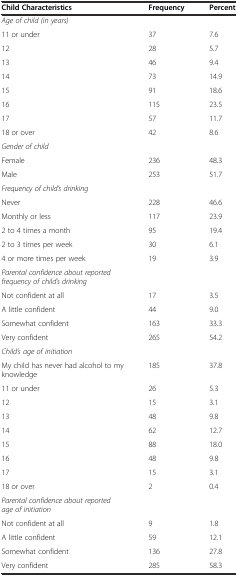
| Child Characteristics | Frequency | Percent |
 | --- | --- | --- |
 | Age of child (in years) |  |  |
 | 11 or under | 37 | 7.6 |
 | 12 | 28 | 5.7 |
 | 13 | 46 | 9.4 |
 | 14 | 73 | 14.9 |
 | 15 | 91 | 18.6 |
 | 16 | 115 | 23.5 |
 | 17 | 57 | 11.7 |
 | 18 or over | 42 | 8.6 |
 | Gender of child |  |  |
 | Female | 236 | 48.3 |
 | Male | 253 | 51.7 |
 | Frequency of child’s drinking |  |  |
 | Never | 228 | 46.6 |
 | Monthly or less | 117 | 23.9 |
 | 2 to 4 times a month | 95 | 19.4 |
 | 2 to 3 times per week | 30 | 6.1 |
 | 4 or more times per week | 19 | 3.9 |
 | Parental confidence about reported frequency of child’s drinking |  |  |
 | Not confident at all | 17 | 3.5 |
 | A little confident | 44 | 9.0 |
 | Somewhat confident | 163 | 33.3 |
 | Very confident | 265 | 54.2 |
 | Child’s age of initiation |  |  |
 | My child has never had alcohol to my knowledge | 185 | 37.8 |
 | 11 or under | 26 | 5.3 |
 | 12 | 15 | 3.1 |
 | 13 | 48 | 9.8 |
 | 14 | 62 | 12.7 |
 | 15 | 88 | 18.0 |
 | 16 | 48 | 9.8 |
 | 17 | 15 | 3.1 |
 | 18 or over | 2 | 0.4 |
 | Parental confidence about reported age of initiation |  |  |
 | Not confident at all | 9 | 1.8 |
 | A little confident | 59 | 12.1 |
 | Somewhat confident | 136 | 27.8 |
 | Very confident | 285 | 58.3 |